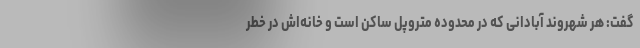
گفت: هر شهروند آبادانی که در محدوده متروپل ساکن است و خانه‌اش در خطر